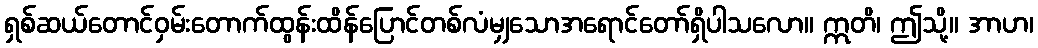
ရှစ်ဆယ်တောင်ဝှမ်းတောက်ထွန်းထိန်ပြောင်တစ်လံမျှသောအရောင်တော်ရှိပါသလော။ ဣတိ၊ ဤသို့။ အာဟ၊